Scottish Certificate of Education, 1963
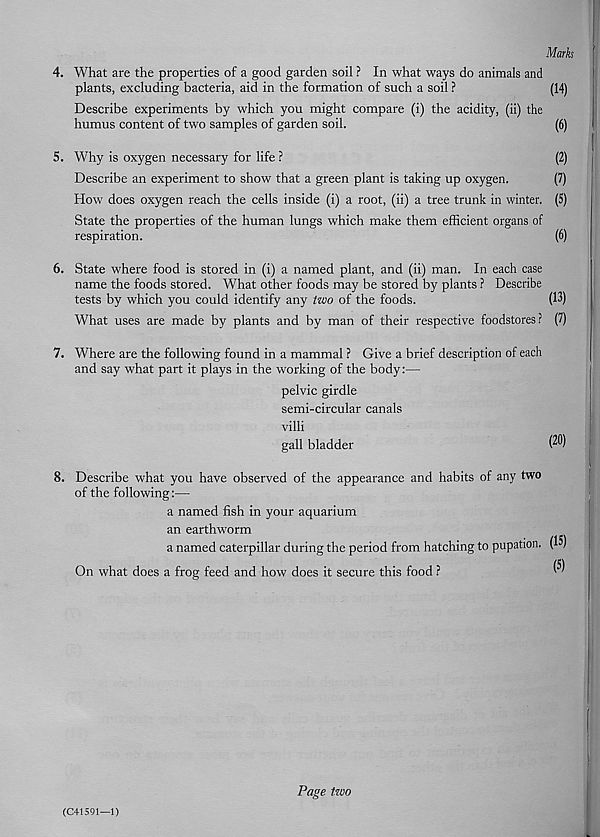
Marks
4. What are the properties of a good garden soil ? In what ways do animals and
plants, excluding bacteria, aid in the formation of such a soil ?
(14)
Describe experiments by which you might compare (i) the acidity, (ii) the
humus content of two samples of garden soil.
(6)
5. Why is oxygen necessary for life ?
(2)
Describe an experiment to show that a green plant is taking up oxygen.
(7)
How does oxygen reach the cells inside (i) a root, (ii) a tree trunk in winter. (5)
State the properties of the human lungs which make them efficient organs of
respiration.
(6)
6. State -where food is stored in (i) a named plant, and (ii) man. In each case
name the foods stored. What other foods may be stored by plants ? Describe
tests by which you could identify any two of the foods.
(D)
What uses are made by plants and by man of their respective foodstores? (7)
7. Where are the following found in a mammal ? Give a brief description of each
and say what part it plays in the working of the body:—
pelvic girdle
semi-circular canals
villi
gall bladder
P®)
8. Describe what you have observed of the appearance and habits of any two
of the following:—
a named fish in your aquarium
an earthworm
a named caterpillar during the period from hatching to pupation. (15)
On what does a frog feed and how does it secure this food ?
^
(C41591—1)
Page two